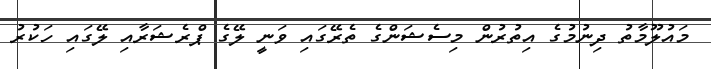
މައުލޫމާތު ދިނުމުގެ އިތުރުން މިސެޝަންގެ ތެރޭގައި ވަނީ ލޭގެ ޕްރެޝަރާއި ލޭގައި ހަކުރު